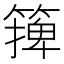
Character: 篺